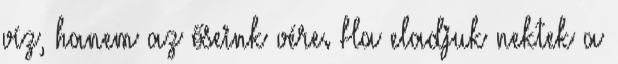
víz, hanem az őseink vére. Ha eladjuk nektek a